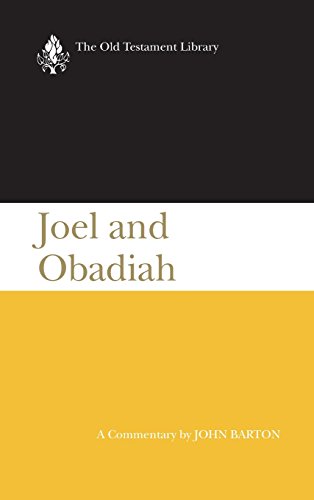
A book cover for Joel and Obadiah (2001): A Commentary (Old Testament Library); John Barton; Christian Books & Bibles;